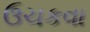
ઉચકવા